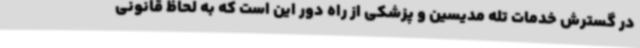
در گسترش خدمات تله مدیسین و پزشکی از راه دور این است که به لحاظ قانونی